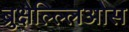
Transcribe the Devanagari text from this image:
ब्रुक्षेल्ल्लिओस